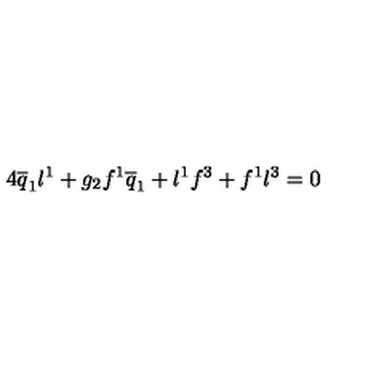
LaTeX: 4 \overline { { q } } _ { 1 } l ^ { 1 } + g _ { 2 } f ^ { 1 } \overline { { q } } _ { 1 } + l ^ { 1 } f ^ { 3 } + f ^ { 1 } l ^ { 3 } = 0